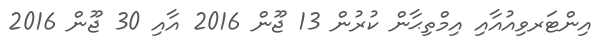
އިންޓަރވިއުއާއި އިމްތިޙާން ކުރުން 13 ޖޫން 2016 އާއި 30 ޖޫން 2016